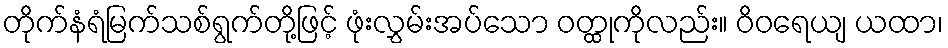
တိုက်နံရံမြက်သစ်ရွက်တို့ဖြင့် ဖုံးလွှမ်းအပ်သော ဝတ္ထုကိုလည်း။ ဝိဝရေယျ ယထာ၊